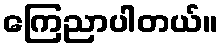
ကြေညာပါတယ်။